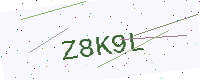
Text: Z8K9L